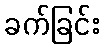
ခက်ခြင်း